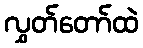
လွှတ်တော်ထဲ